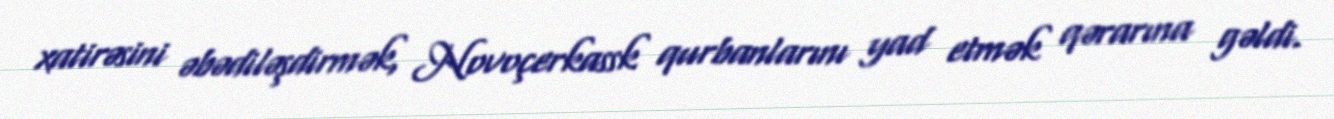
xatirəsini əbədiləşdirmək, Novoçerkassk qurbanlarını yad etmək qərarına gəldi.